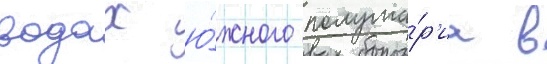
водах ю́жного полуша́р'иа в